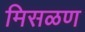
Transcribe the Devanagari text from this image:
मिसळण